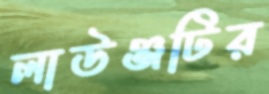
লাউঞ্জটির